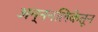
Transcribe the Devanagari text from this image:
अन्ननलिकेतून